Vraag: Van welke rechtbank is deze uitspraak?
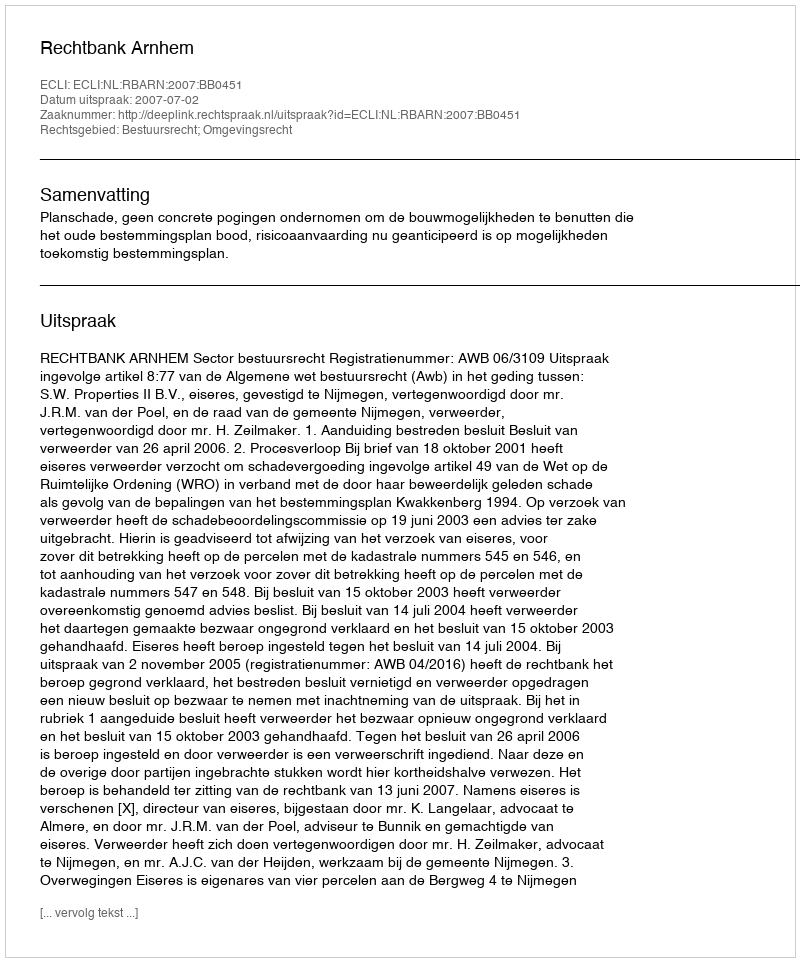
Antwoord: Rechtbank Arnhem